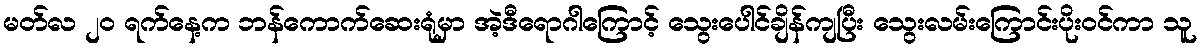
မတ်လ ၂၀ ရက်နေ့က ဘန်ကောက်ဆေးရုံမှာ အဲ့ဒီရောဂါကြောင့် သွေးပေါင်ချိန်ကျပြီး သွေးလမ်းကြောင်းပိုးဝင်ကာ သူ